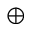
\oplus